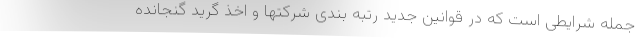
جمله شرایطی است که در قوانین جدید رتبه بندی شرکتها و اخذ گرید گنجانده